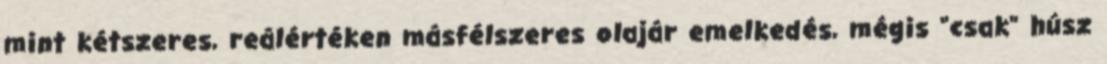
mint kétszeres, reálértéken másfélszeres olajár emelkedés, mégis "csak" húsz